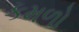
કમળો